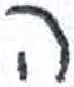
אות: ה